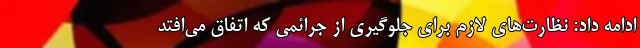
ادامه داد: نظارت‌های لازم برای جلوگیری از جرائمی که اتفاق می‌افتد